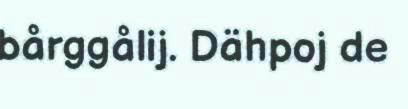
bårggålij. Dähpoj de